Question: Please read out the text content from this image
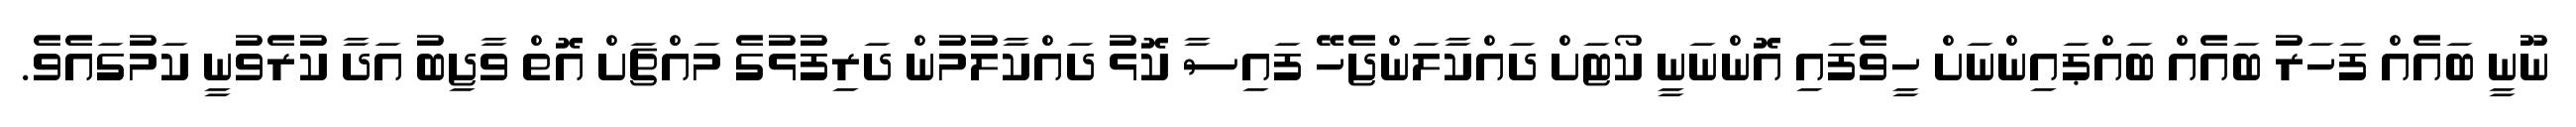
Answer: ނޫނީ ބައެއް ފަހަރު ބައެއް ބައްޕައިންނަށް ހީވެފައި އޮންނަނީ ކޯޓަށް ދައްކާލަންޖެހޭ ފައިސާ ކޮޅު ދައްކާލުމުން ދަރިފުޅުގެ މައްޗަށް އޮތް ވާޖިބު އަދާ ކުރެވުނީ ކަމުގައެވެ.